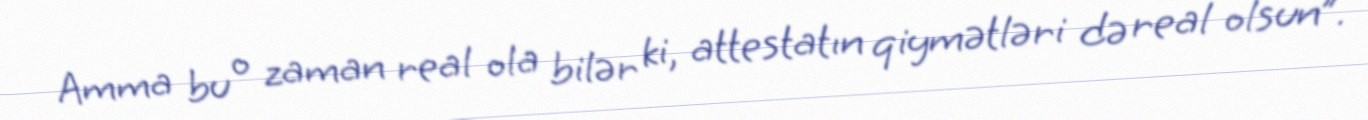
Amma bu o zaman real ola bilər ki, attestatın qiymətləri də real olsun”.